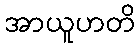
အာယူဟတိ